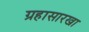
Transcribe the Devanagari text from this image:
ग्रहासारखा